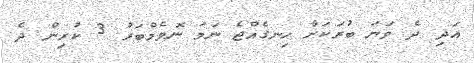
އަދި ދެ ވަނަ ބުރަކަށް ހިނގެއްޖެ ނަމަ ނޮވެމްބަރު 3 ކުރިން ދެ